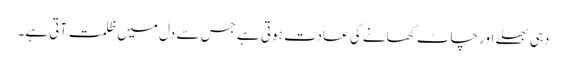
دہی بھلے اور چاٹ کھانے کی عادت ہوتی ہے جس سے دل میں ظلمت آتی ہے۔